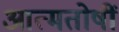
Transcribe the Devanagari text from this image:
आत्मतोषीं